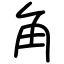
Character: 角